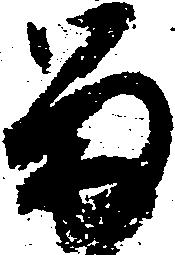
留